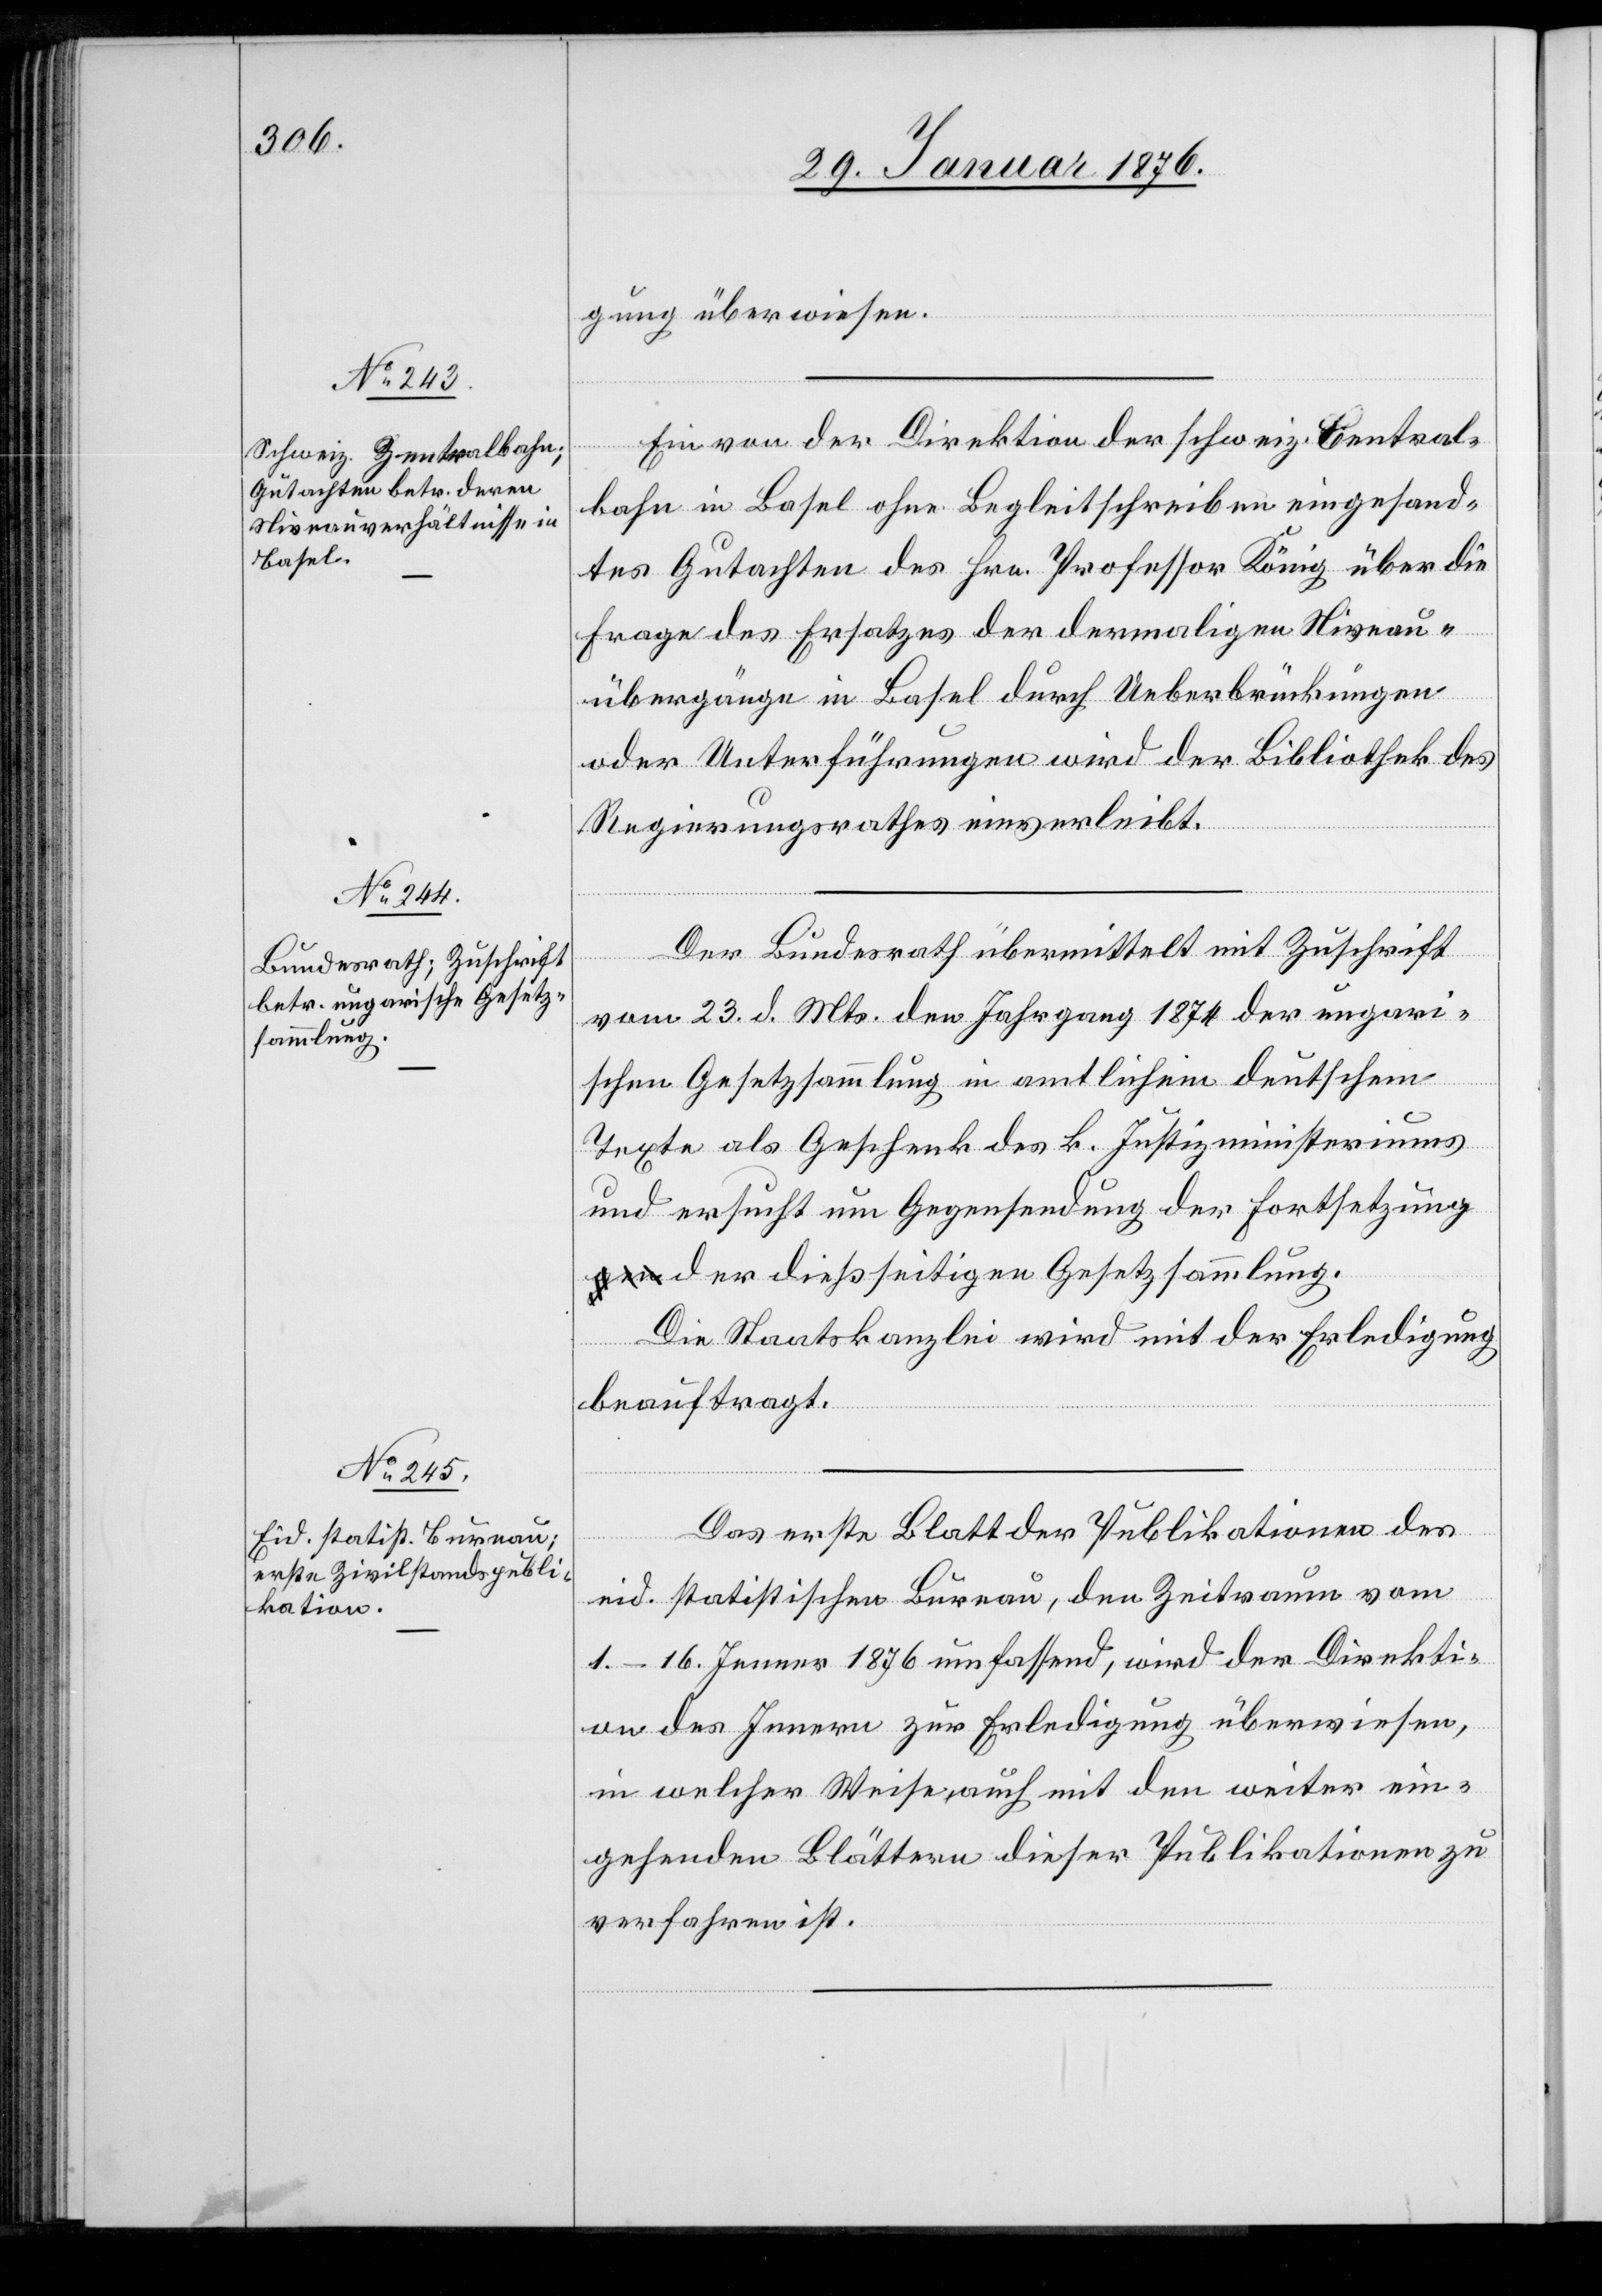
gung überwiesen.
Ein von der Direktion der schweiz. Central¬
bahn in Basel ohne Begleitschreiben eingesand¬
tes Gutachten des Hrn. Professor König über die
Frage des Ersatzes der dermaligen Niveau¬
übergänge in Basel durch Ueberbrückungen
oder Unterführungen wird der Bibliothek des
Regierungsrathes einverleibt.
Der Bundesrath übermittelt mit Zuschrift
vom 23. d. Mts. den Jahrgang 1874 der ungari¬
schen Gesetzsammlung in amtlichem deutschem
Texten als Geschenk des k. Justizministeriums
und ersucht um Gegensendung der Fortsetzung
der dießseitigen Gesetzsammlung.
Die Staatskanzlei wird mit der Erledigung
beauftragt.
Das erste Blatt der Publikationen des
eid. statistischen Bureau, den Zeitraum vom
1.–16. Jenner 1876 umfassend, wird der Direkti¬
on des Innern zur Erledigung überwiesen,
in welcher Weise auch mit den weiter ein¬
gehenden Blättern dieser Publikationen zu
verfahren ist.